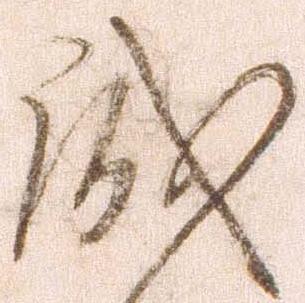
誠